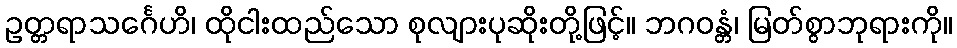
ဥတ္တရာသင်္ဂေဟိ၊ ထိုငါးထည်သော စုလျားပုဆိုးတို့ဖြင့်။ ဘဂဝန္တံ၊ မြတ်စွာဘုရားကို။